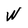
Character: W